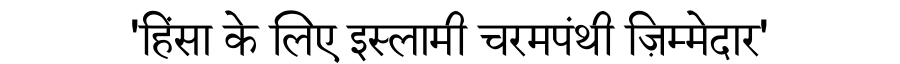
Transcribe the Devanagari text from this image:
'हिंसा के लिए इस्लामी चरमपंथी ज़िम्मेदार'